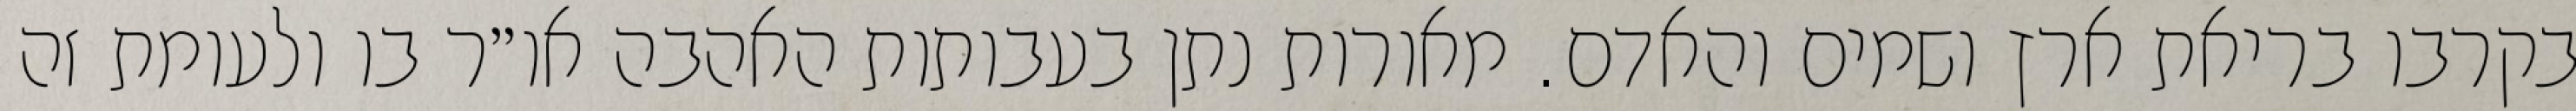
בקרבו בריאת ארץ ושמים והאדם. מאורות נתן בעבותות האהבה או״ר בו ולעומת זה